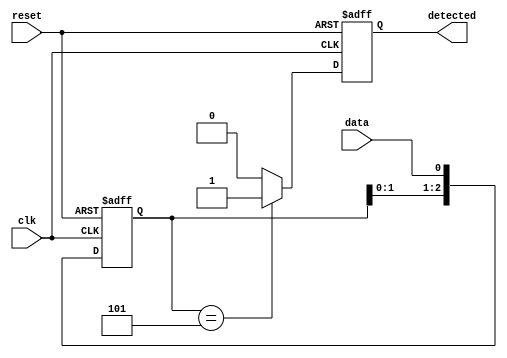
module pattern_detector (
    input wire clk,          // Clock signal
    input wire reset,        // Reset signal
    input wire data,         // Input signal to monitor
    output reg detected      // Output signal indicating pattern detection
);

    // Parameters
    parameter PATTERN_LENGTH = 3; // Length of the pattern to detect (e.g., '101')
    parameter [PATTERN_LENGTH-1:0] PATTERN = 3'b101; // Pattern to detect

    // Flip-flops to hold the history of the input signal
    reg [PATTERN_LENGTH-1:0] shift_reg;

    // Sequential logic for flip-flops
    always @(posedge clk or posedge reset) begin
        if (reset) begin
            shift_reg <= 0; // Clear the shift register on reset
            detected <= 0;   // Reset detected signal
        end else begin
            // Shift the input data into the shift register
            shift_reg <= {shift_reg[PATTERN_LENGTH-2:0], data};
            // Check for pattern match
            if (shift_reg == PATTERN) begin
                detected <= 1; // Set detected high if pattern matches
            end else begin
                detected <= 0; // Clear detected if no match
            end
        end
    end

endmodule